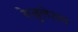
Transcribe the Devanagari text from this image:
रेजुलेशन